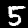
Label: 5